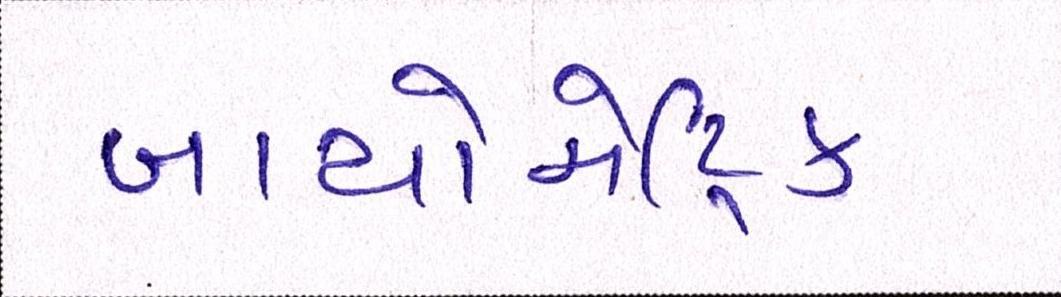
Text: બાયોમેટ્રિક